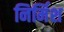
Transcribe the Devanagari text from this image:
निर्मिश